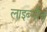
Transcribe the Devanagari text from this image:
लाइब्नीज